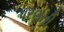
પરણતી